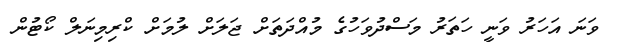
ވަނަ އަހަރު ވަނީ ހަތަރު މަސްދުވަހުގެ މުއްދަތަށް ޖަލަށް ލުމަށް ކްރިމިނަލް ކޯޓުން